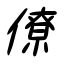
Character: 僚